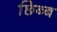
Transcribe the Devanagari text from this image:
छिब्ब